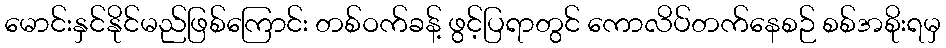
မောင်းနှင်နိုင်မည်ဖြစ်ကြောင်း တစ်ဝက်ခန့် ဖွင့်ပြရာတွင် ကောလိပ်တက်နေစဉ် စစ်အစိုးရမှ